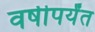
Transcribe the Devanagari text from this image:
वर्षीपर्यंत